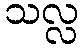
သလ္လ